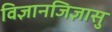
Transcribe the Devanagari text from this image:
विज्ञानजिज्ञासु